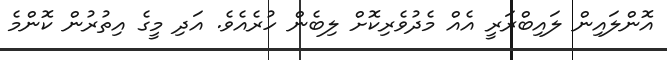
އޮންލައިން ލައިބްރަރީ އެއް މެދުވެރިކޮށް ލިބެން ހުރެއެވެ. އަދި މީގެ އިތުރުން ކޮންމެ